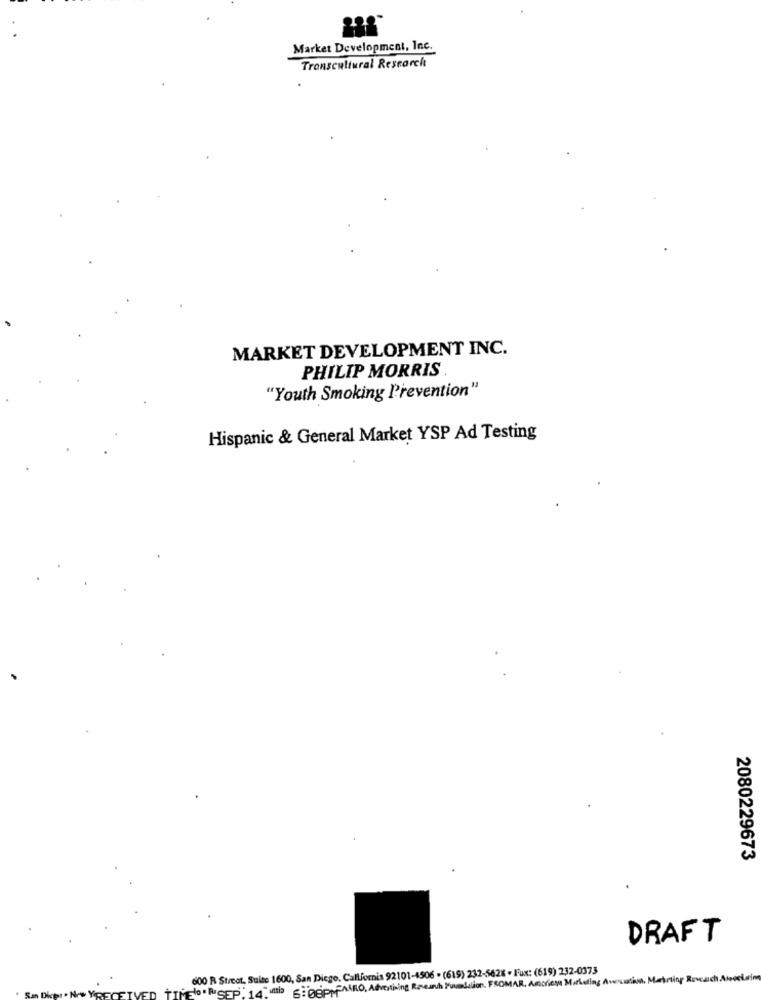
Market Development, Inc.
Transcultural Research
MARKET DEVELOPMENT INC.
PHILIP MORRIS
"Youth Smoking Prevention"
Hispanic & General Market YSP Ad Testing
2080229673
DRAFT
600 R Street, Suite 1600, San Diego, Callfornis 92101-4506 - (619) 232-5628 - Fux: (619) 232-0373
TORSEP 14"is OPPMAGRO, Advertising Research Foundation. FROMAR, Anciens Marketing Austin. M